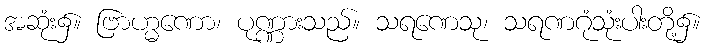
အဆုံး၌။ ဗြာဟ္မဏော၊ ပုဏ္ဏားသည်။ သရဏေသု၊ သရဏဂုံသုံးပါးတို့၌။